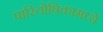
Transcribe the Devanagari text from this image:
पारितोषिकामध्ये